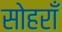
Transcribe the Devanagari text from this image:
सोहराँ